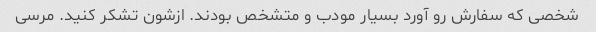
شخصی که سفارش رو آورد بسیار مودب و متشخص بودند. ازشون تشکر کنید. مرسی